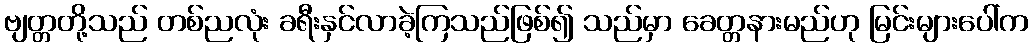
ဗျတ္တတို့သည် တစ်ညလုံး ခရီးနှင်လာခဲ့ကြသည်ဖြစ်၍ သည်မှာ ခေတ္တနားမည်ဟု မြင်းများပေါ်က